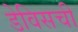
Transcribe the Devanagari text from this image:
डेविसची